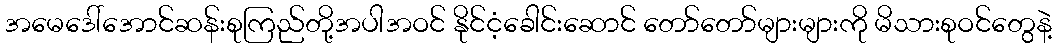
အမေဒေါ်အောင်ဆန်းစုကြည်တို့အပါအဝင် နိုင်ငံ့ခေါင်းဆောင် တော်တော်များများကို မိသားစုဝင်တွေနဲ့